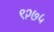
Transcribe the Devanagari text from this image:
९२७५